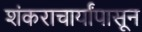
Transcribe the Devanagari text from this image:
शंकराचार्यांपासून